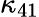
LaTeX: \kappa_{41}